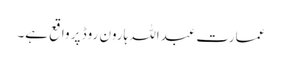
عمارت عبداللہ ہارون روڈ پر واقع ہے۔